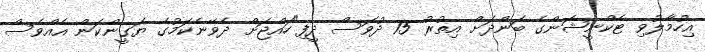
އިހުމާލުވި ޓެކްނީޝަންގެ ބަންދަށް އިތުރު 15 ދުވަސް ދީފި"ހައްޖަށް ދެވޭނެކަމުގެ ޔަގީންކަން އެއްވެސް